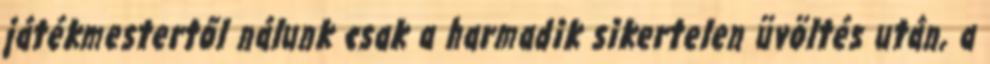
játékmestertől nálunk csak a harmadik sikertelen üvöltés után, a